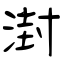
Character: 湗